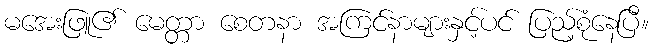
မအေးဖြူ၏ မေတ္တာ စေတနာ အကြင်နာများနှင့်ပင် ပြည့်စုံနေပြီ။